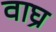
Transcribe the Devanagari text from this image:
वाघ्र